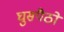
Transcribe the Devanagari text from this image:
घुसपैठों